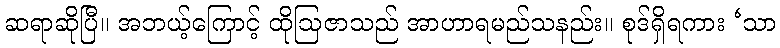
ဆရာဆိုပြီ။ အဘယ့်ကြောင့် ထိုဩဇာသည် အာဟာရမည်သနည်း။ စုဒ်ရှိရကား ‘သာ